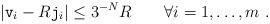
LaTeX: \begin{align*}|\mathtt v_i- R \mathtt j_i| \leq 3^{-N} R \qquad\forall i=1,\ldots,m\ .\end{align*}